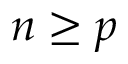
n \geq p